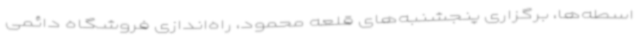
اسطه‌ها، برگزاری پنجشنبه‌های قلعه محمود، راه‌اندازی فروشگاه دائمی